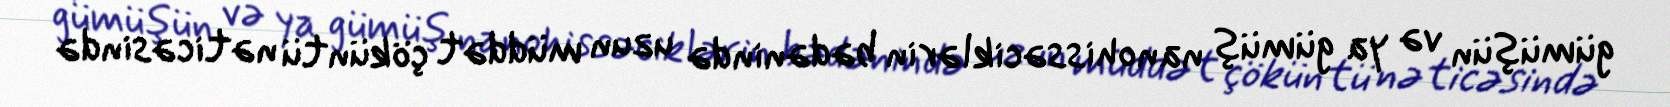
gümüşün və ya gümüş nanohissəciklərin bədənində uzun müddət çöküntü nəticəsində